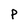
Character: P